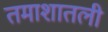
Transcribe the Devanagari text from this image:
तमाशातली